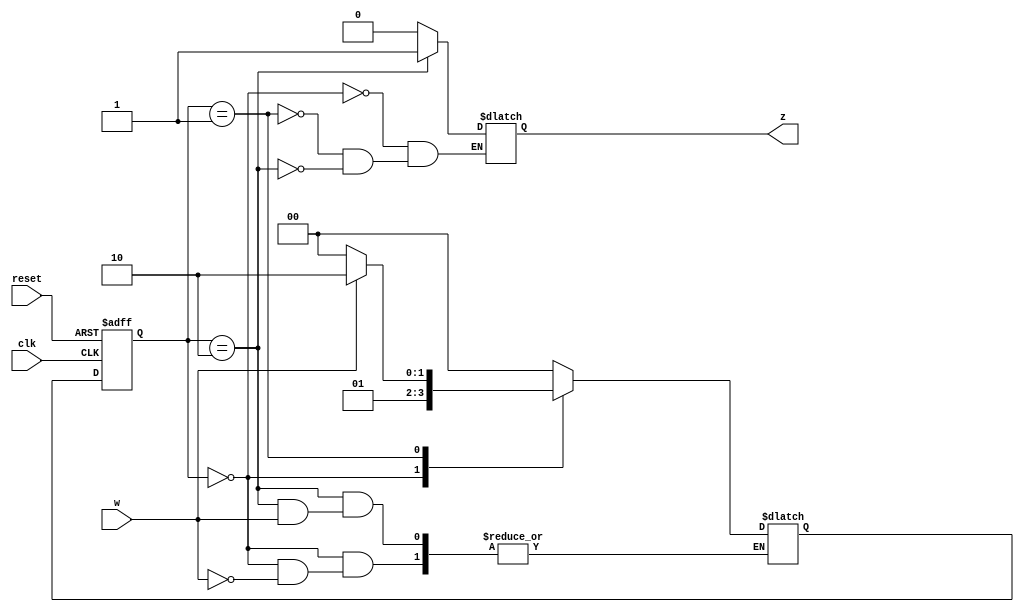
module sequence_detector(clk, reset, w, z);

  input wire clk, reset;
  input wire w;
  output reg z;

  localparam [1:0] A = 2'b00,
                   B = 2'b01,
                   C = 2'b10;
  
  reg [1:0] state_reg, state_next;
  always @(posedge clk, posedge reset)
    if (reset)
      state_reg <= A;
    else
      state_reg <= state_next;

  always @*
    case (state_reg)
      A:
      begin
        z = 0;
        if(w)
          state_next = B;
      end
      B:
      begin 
        z = 0;
        if(w)
          state_next = C;
        else
          state_next = A;
      end 
      C: 
      begin 
        z = 1;
        if(!w)
          state_next = A;
      end
      default: state_next = A;
    endcase
endmodule